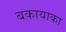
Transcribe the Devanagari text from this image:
बकायाका